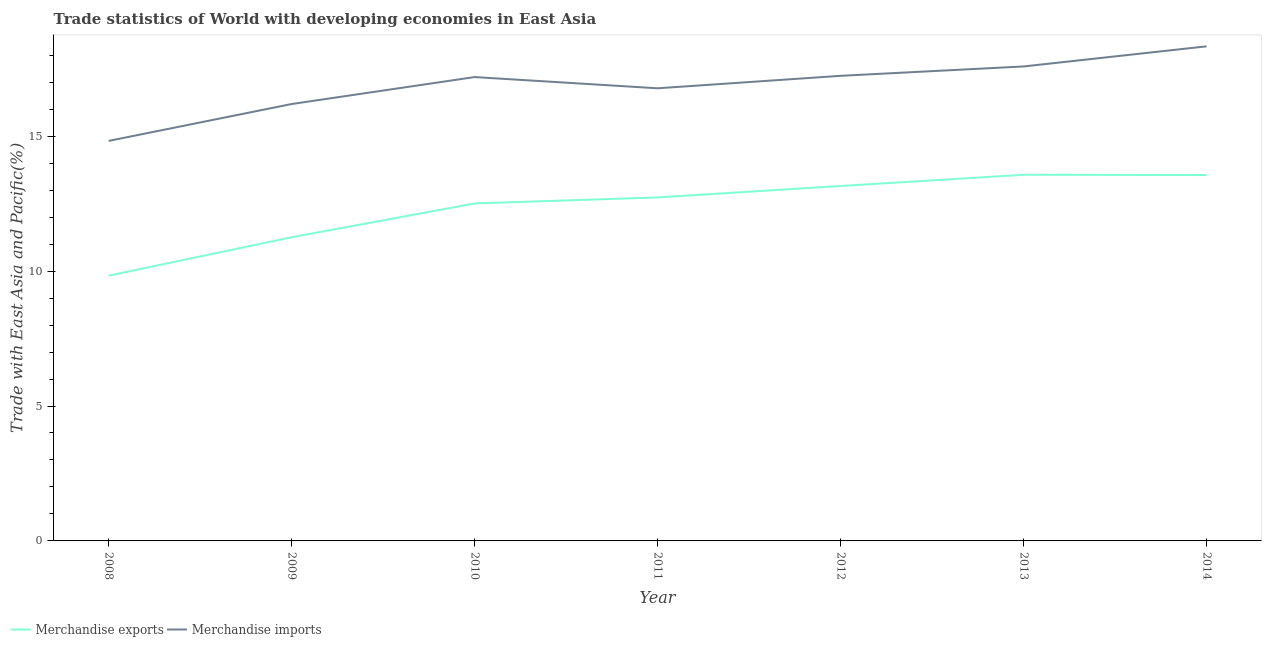
| Year | Merchandise exports | Merchandise imports |
 | --- | --- | --- |
 | 2008 | 9.83 | 14.8 |
 | 2009 | 11.3 | 16.2 |
 | 2010 | 12.5 | 17.2 |
 | 2011 | 12.7 | 16.8 |
 | 2012 | 13.2 | 17.2 |
 | 2013 | 13.6 | 17.6 |
 | 2014 | 13.6 | 18.3 |